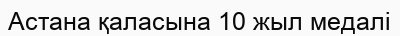
Астана қаласына 10 жыл медалі